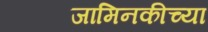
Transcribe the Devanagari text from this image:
जामिनकीच्या